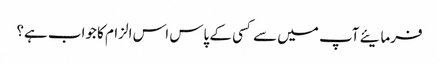
فرمایئے آپ میں سے کسی کے پاس اس الزام کا جواب ہے؟